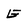
Character: E